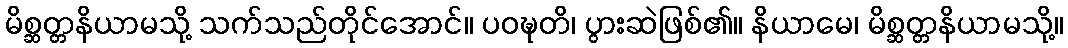
မိစ္ဆတ္တနိယာမသို့ သက်သည်တိုင်အောင်။ ပဝဍ္ဎတိ၊ ပွားဆဲဖြစ်၏။ နိယာမေ၊ မိစ္ဆတ္တနိယာမသို့။